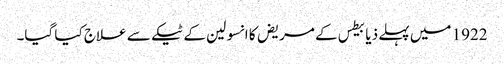
1922 میں‌ پہلے ذیابیطس کے مریض کا انسولین کے ٹیکے سے علاج کیا گیا۔